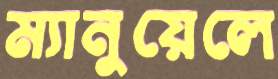
ম্যানুয়েলে